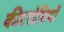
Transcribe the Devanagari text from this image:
कीटरोधियों